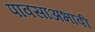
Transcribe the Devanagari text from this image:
पावसाअभावी